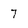
Character: 7